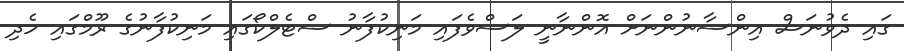
ގައި ދެވުނަސް އިންސާނުންނަށް އޮންނާނީ ލަސްވެފައި މަނިކުފާނު ސްޓެލްކޯގައި މަނިކުފާނުގެ ރޫމްގައި ހެދި